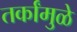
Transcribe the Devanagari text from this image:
तर्कांमुळे